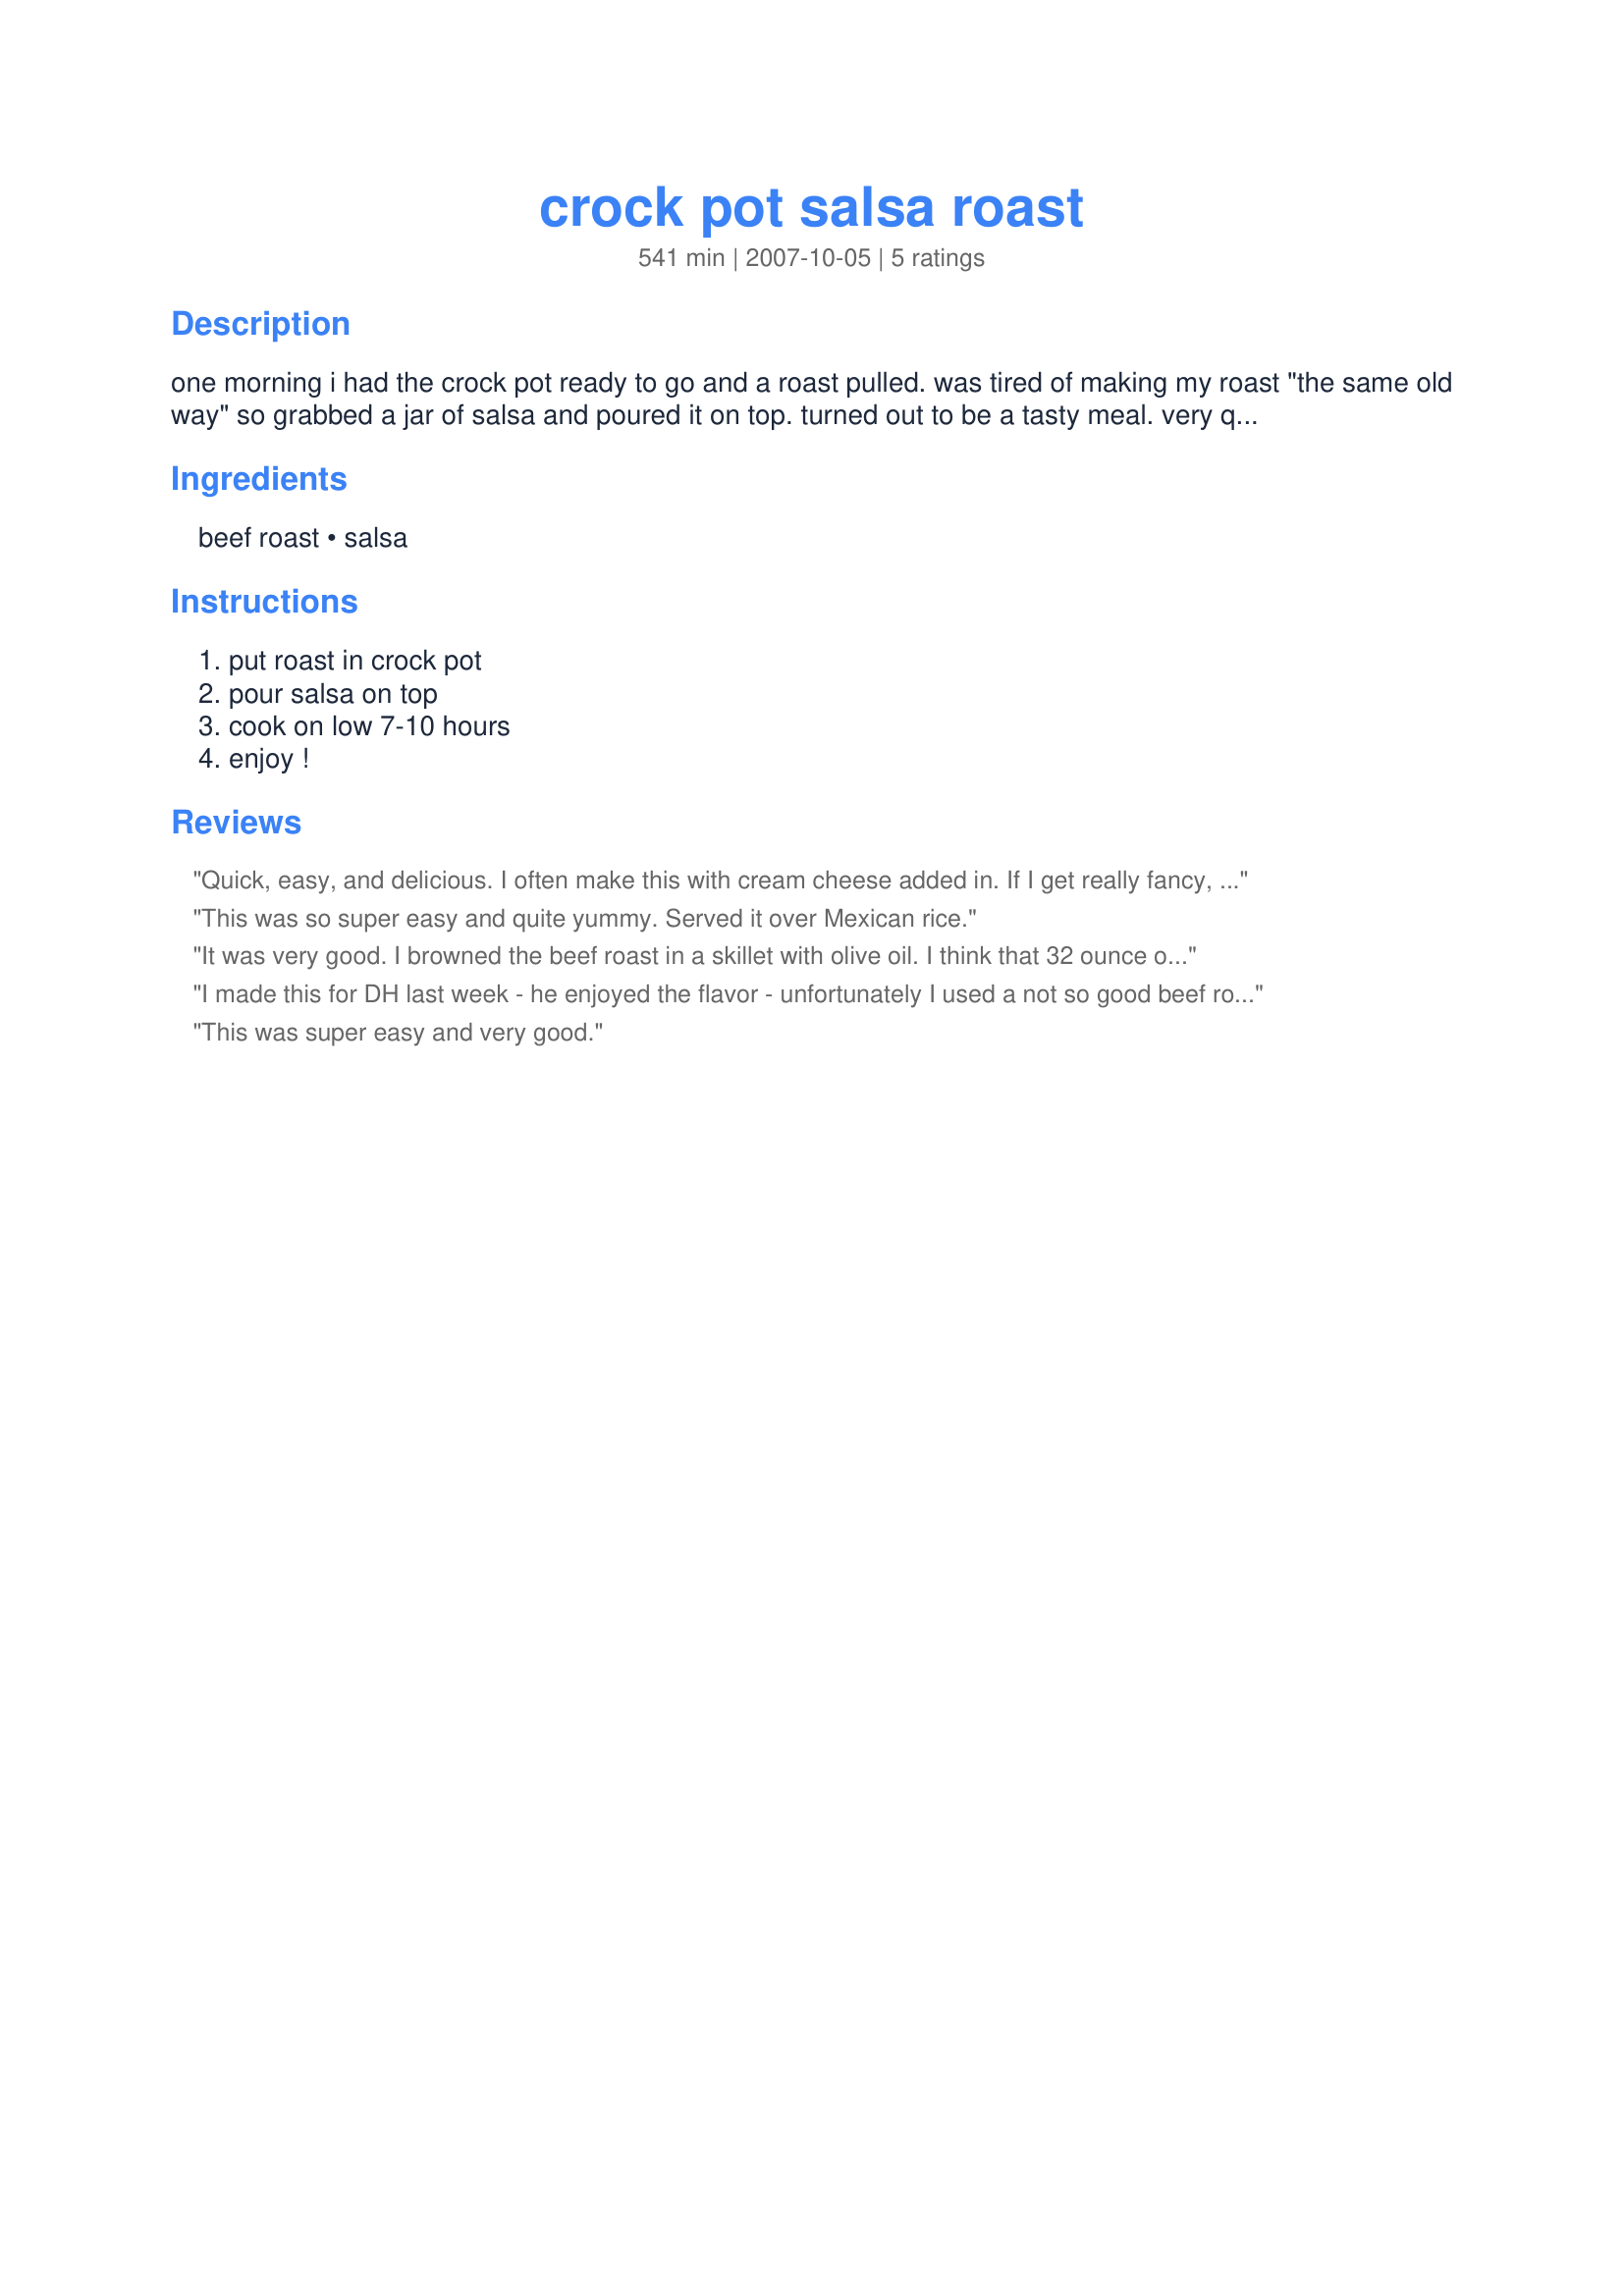
crock pot salsa roast
Preparation time: 541 minutes

one morning i had the crock pot ready to go and a roast pulled. was tired of making my roast "the same old way" so grabbed a jar of salsa and poured it on top. turned out to be a tasty meal. very quick and easy to through together.

Ingredients:
beef roast, salsa

Steps:
put roast in crock pot, pour salsa on top, cook on low 7-10 hours, enjoy !

Reviews:
Quick, easy, and delicious. I often make this with cream cheese added in. If I get really fancy, I'll saute some onions and peppers to throw in too :)
This was so super easy and quite yummy. Served it over Mexican rice.
It was very good. I browned the beef roast in a skillet with olive oil. I think that 32 ounce of salsa is too much for nothing. I had too much. That's my opinion. I had about 3,5 Lbs. And it was 7 hours in the crockpot. The meat was tender. Thanks BMCNichol. :) Made for 123 hit wonders.
I made this for DH last week - he enjoyed the flavor - unfortunately I used a not so good beef roast - so even after 8 hours the beef was still tough. I will make this again BUT with a better cut of beef. Thanks for posting.
This was super easy and very good.
